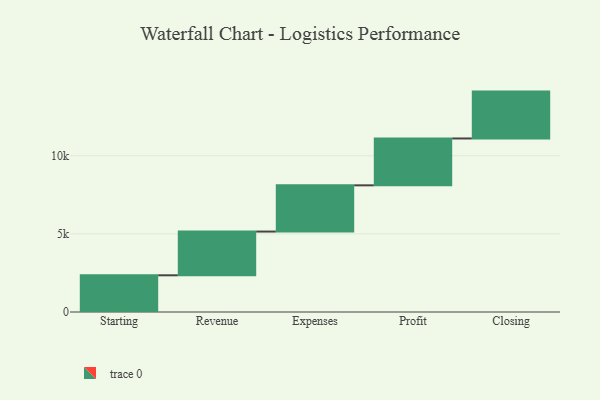
{"axis": {"x": "Step", "y": "Value"}, "legend": [""], "data": [{"x": "Starting", "y": 2349.0, "type": ""}, {"x": "Revenue", "y": 2800.0, "type": ""}, {"x": "Expenses", "y": 2959.0, "type": ""}, {"x": "Profit", "y": 3000, "type": ""}, {"x": "Closing", "y": 3000, "type": ""}]}